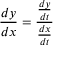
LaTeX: { \frac { d y } { d x } } = { \frac { \frac { d y } { d t } } { \frac { d x } { d t } } }